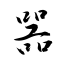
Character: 噐